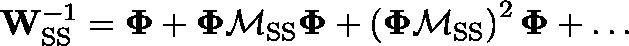
\mathbf { W } _ { \mathrm { S S } } ^ { - 1 } = \mathbf { \Phi } + \mathbf { \Phi } \mathbf { \mathcal { M } } _ { \mathrm { S S } } \mathbf { \Phi } + \left( \mathbf { \Phi } \mathbf { \mathcal { M } } _ { \mathrm { S S } } \right) ^ { 2 } \mathbf { \Phi } + \dots